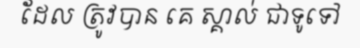
ដែល ត្រូវបាន គេ ស្គាល់ ជាទូទៅ